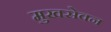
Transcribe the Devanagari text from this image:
मुखसेवन